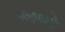
વલાજાહનો